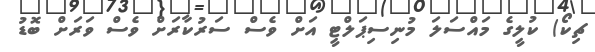
ޗިކޯ) ކުލީގެ މައްސަލަ މުނިސިޕަލްޓީ އަށް ވެސް ސަރުކާރަށް ވެސް ވަރަށް ބޮޑު